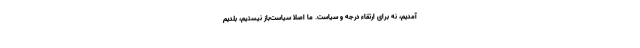
آمدیم، نه برای ارتقاء درجه و سیاست. ما اصلا سیاست‌باز نیستیم، بلدیم